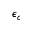
\epsilon _ { c }